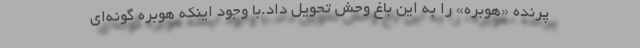
پرنده «هوبره» را به این باغ‌ وحش تحویل داد.با وجود اینکه هوبره گونه‌ای